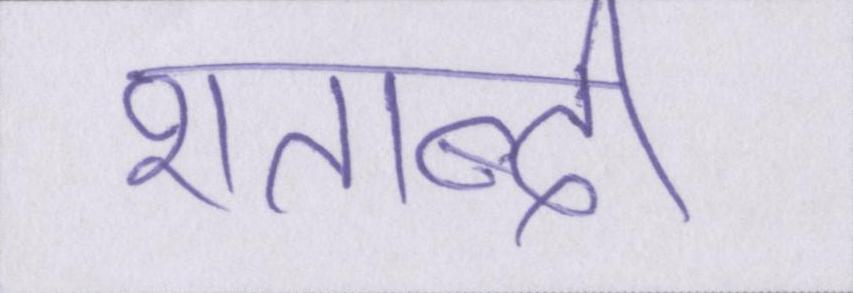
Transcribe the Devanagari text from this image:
शताब्दी